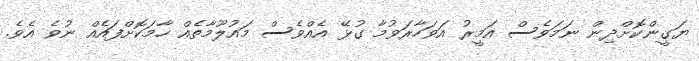
ޔަގީންކޮށްދިން ނަމަވެސް އަމީރު އަވަހާރަވުމާ ގުޅޭ އެއްވެސް މައުލޫމާތެއް ހާމަކޮށްފައެއް ނުވެ އެވެ.